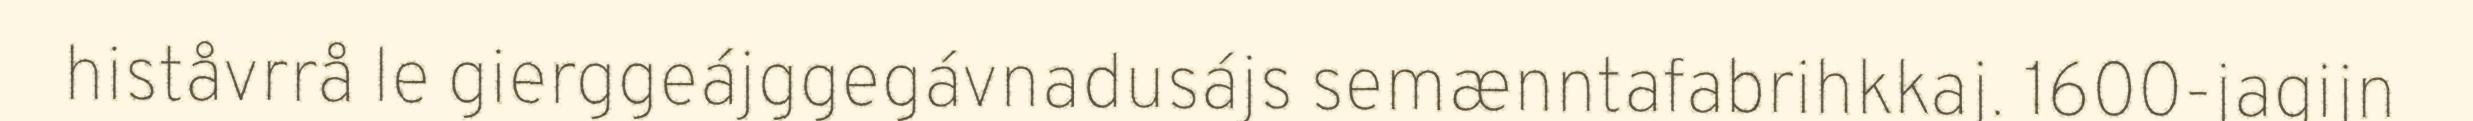
histåvrrå le gierggeájggegávnadusájs semænntafabrihkkaj. 1600-jagijn